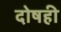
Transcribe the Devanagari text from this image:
दोषही